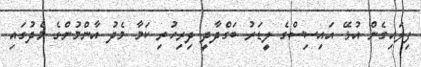
ފިލައިގެން އުޅޭ އައިސިސްގެ ލީޑަރު ބަގްދާދީ ދިރިހުރި ކަމާ މެދު އާންމުންގެ މެދުގައި